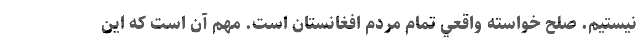
نيستيم. صلح خواسته واقعي تمام مردم افغانستان است. مهم آن است كه اين